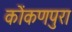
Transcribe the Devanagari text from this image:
कोंकणपुरा